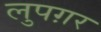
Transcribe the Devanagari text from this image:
लुपग़र